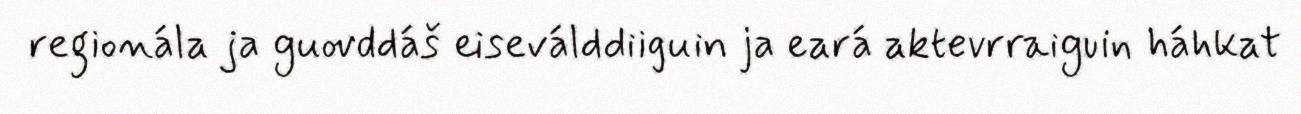
regionála ja guovddáš eiseválddiiguin ja eará aktevrraiguin háhkat